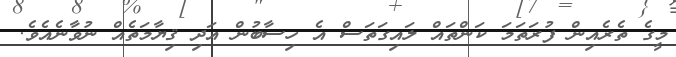
މީގެ ތެރެއިން ފުރަތަމަ ކަންތައް ލައިގަތަސް އެ ހިސާބުން އަދި ޤިޔާމަތެއް ނުވާނެއެވެ.